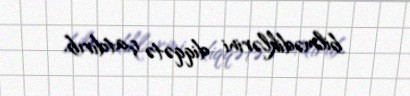
bilmədiklərini diqqətə çatdırıb.